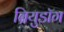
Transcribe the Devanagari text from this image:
ब्रियुडॉग